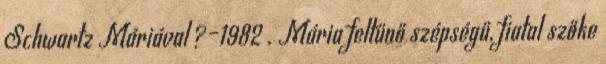
Schwartz Máriával ?–1982 . Mária feltűnő szépségű, fiatal szőke